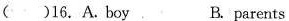
()16.A.boy B.parents